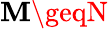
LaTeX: \mathbf{M}\geqN